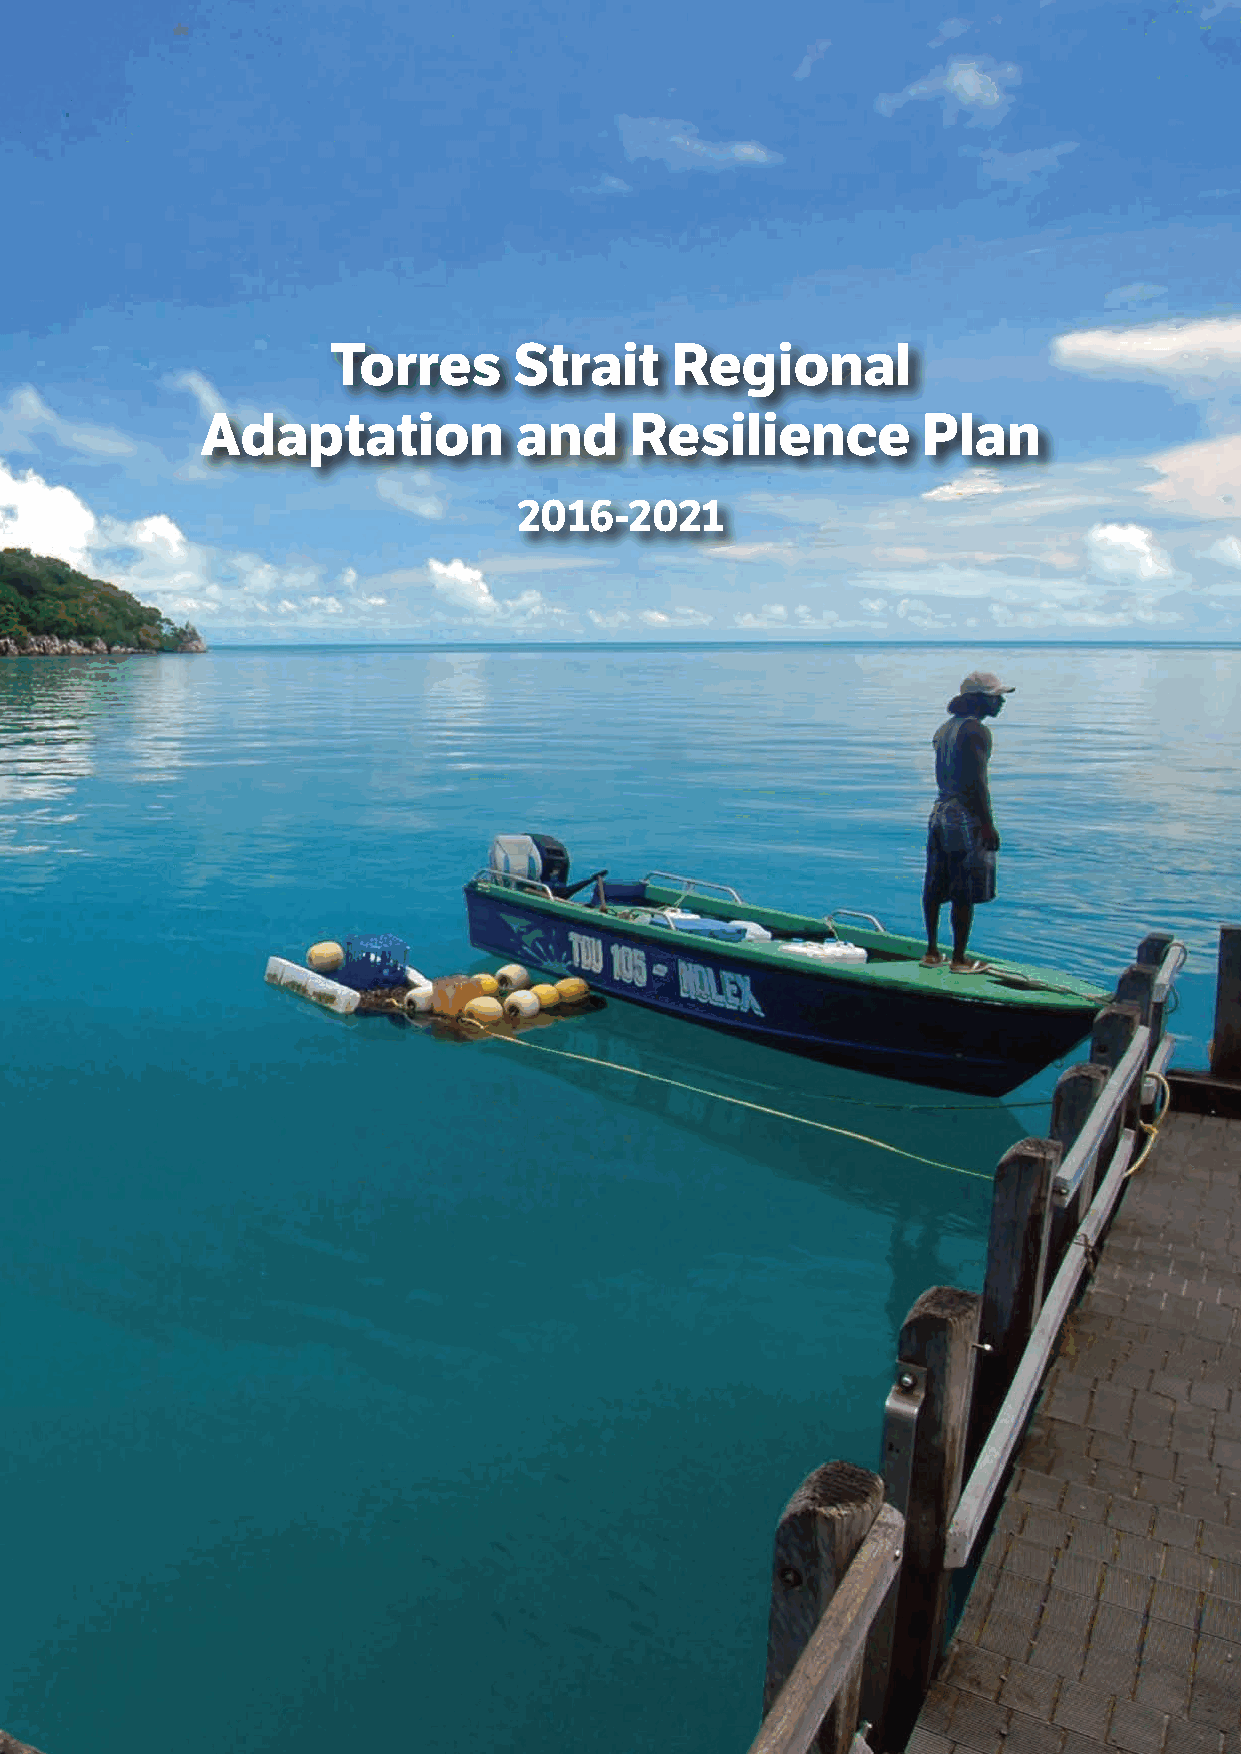
Torres      Strait    Regional
 Adaptation           and     Resilience         Plan
 2016-2021
 2 Torres Strait Regional Adaptation and Resilience Plan Torres Strait Regional Adaptation and Resilience Plan 3